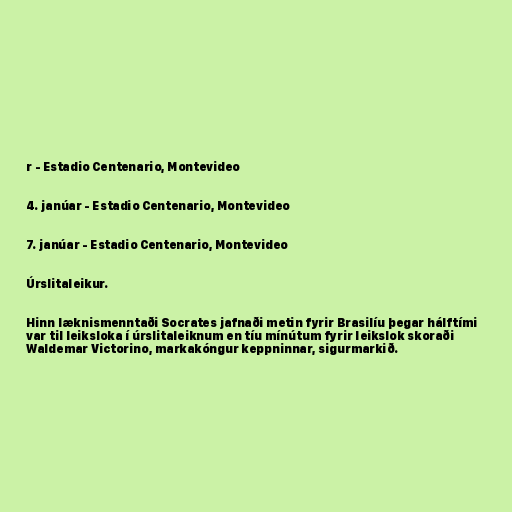
r - Estadio Centenario, Montevideo

4. janúar - Estadio Centenario, Montevideo

7. janúar - Estadio Centenario, Montevideo

Úrslitaleikur.

Hinn læknismenntaði Socrates jafnaði metin fyrir Brasilíu þegar hálftími
var til leiksloka í úrslitaleiknum en tíu mínútum fyrir leikslok skoraði
Waldemar Victorino, markakóngur keppninnar, sigurmarkið.